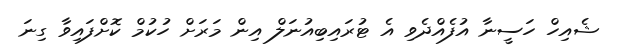
ޝެއިހް ހަސީނާ އުފެއްދެވި އެ ޓުރައިބިއުނަލް އިން މަރަށް ހުކުމް ކޮށްފައިވާ ގިނަ